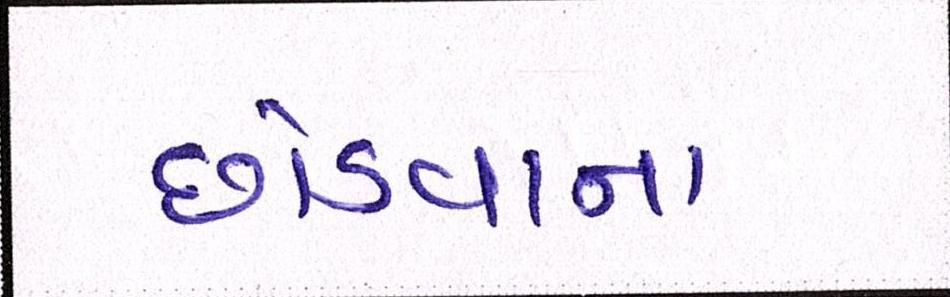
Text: છોડવાના